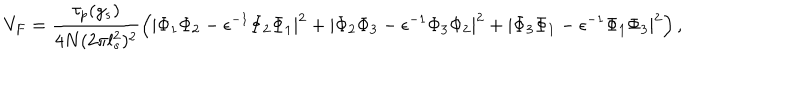
LaTeX: V _ { F } = \frac { \tau _ { p } ( g _ { s } ) } { 4 N ( 2 \pi l _ { s } ^ { 2 } ) ^ { 2 } } \left( | \Phi _ { 1 } \Phi _ { 2 } - \epsilon ^ { - 1 } \Phi _ { 2 } \Phi _ { 1 } | ^ { 2 } + | \Phi _ { 2 } \Phi _ { 3 } - \epsilon ^ { - 1 } \Phi _ { 3 } \Phi _ { 2 } | ^ { 2 } + | \Phi _ { 3 } \Phi _ { 1 } - \epsilon ^ { - 1 } \Phi _ { 1 } \Phi _ { 3 } | ^ { 2 } \right) ,